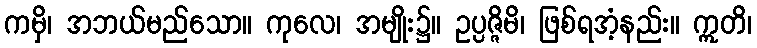
ကမှိ၊ အဘယ်မည်သော။ ကုလေ၊ အမျိုး၌။ ဥပ္ပဇ္ဇိမိ၊ ဖြစ်ရအံ့နည်း။ ဣတိ၊